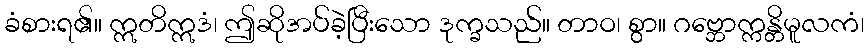
ခံစားရ၏။ ဣတိဣဒံ၊ ဤဆိုအပ်ခဲ့ပြီးသော ဒုက္ခသည်။ တာဝ၊ စွာ။ ဂဗ္ဘောက္ကန္တိမူလကံ၊